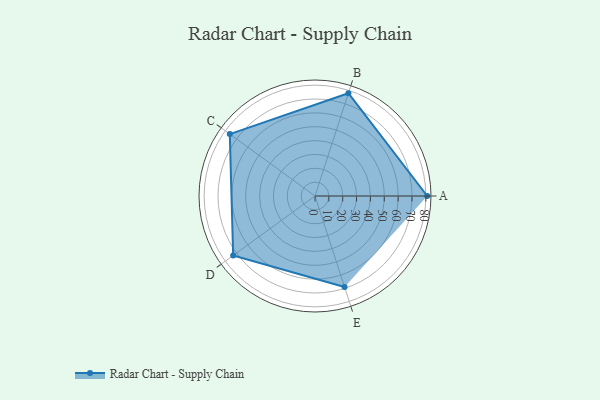
{"axis": {"x": "Skill", "y": "Score"}, "legend": ["Profile"], "data": [{"x": "A", "y": 81.0, "type": "Profile"}, {"x": "B", "y": 78.0, "type": "Profile"}, {"x": "C", "y": 76.0, "type": "Profile"}, {"x": "D", "y": 73.0, "type": "Profile"}, {"x": "E", "y": 69.0, "type": "Profile"}]}